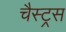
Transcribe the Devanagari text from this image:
चैस्ट्रस